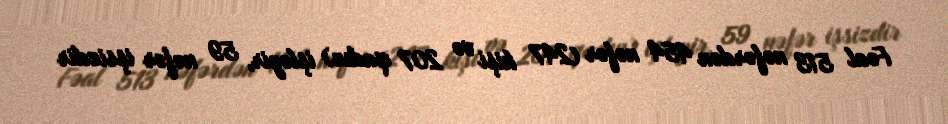
Fəal 513 nəfərdən 454 nəfər (247 kişi və 207 qadın) işləyir, 59 nəfər işsizdir